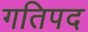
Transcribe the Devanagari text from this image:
गतिपद